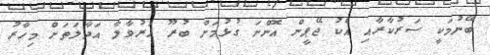
ބޭނުމަކީ ސަރުކާރާއި އެކު ޖޭޕީން އޮންނަ ގުޅުމަށް ބުރޫ އަރުވާލާ އަދާލަތަށް މިހާރު